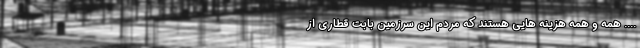
.... همه و همه هزینه هایی هستند که مردم این سرزمین بابت قطاری از